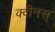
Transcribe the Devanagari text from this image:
क्वीनस्